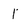
Character: 1